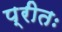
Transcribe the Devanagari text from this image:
प्रीतः